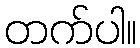
တက်ပါ။